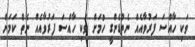
ވަކި ހާއްސަ ފަރުވާއެއް ނެތްޑެންގީ ހުމަށް ވަކި ހާއްސަ ފަރުވާއެއް ނެތް ކަަމަށް